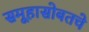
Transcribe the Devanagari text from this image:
समूहासोबतचे